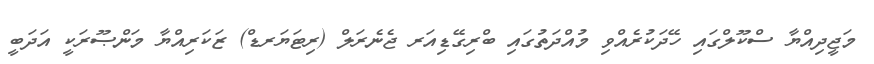
މަޖީދިއްޔާ ސްކޫލްގައި ހޭދަކުރެއްވި މުއްދަތުގައި ބްރިގޭޑިއަރ ޖެނެރަލް (ރިޓަޔަރޑް) ޒަކަރިއްޔާ މަންޞޫރަކީ އަދަބީ